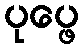
ပုပ္ဖေ